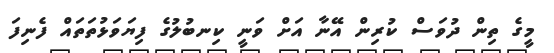
މީގެ ތިން ދުވަސް ކުރިން އޭނާ އަށް ވަނީ ކިނބުލުގެ ފިޔަވަޅުތަތައް ފެނިފަ